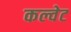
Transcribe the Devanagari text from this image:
कल्वेट